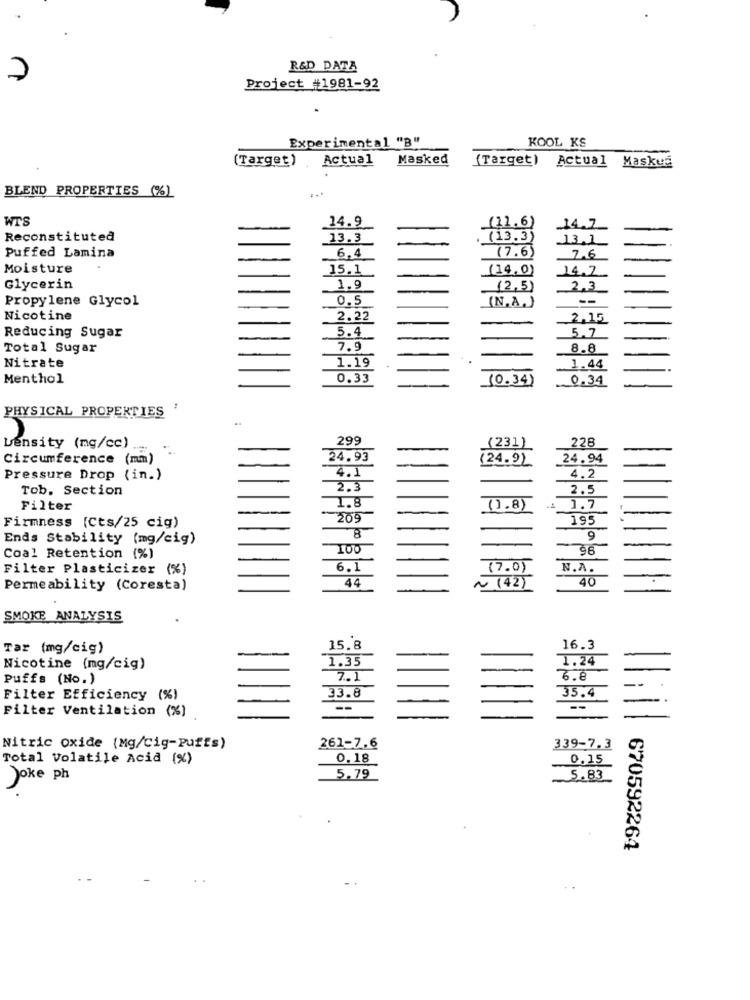
R&D DATA
Project #1981-92
Experimental "B"
KOOL KS
(Target) Actual
Masked
(Target) Actual Maskea
BLEND PROPERTIES (%)
WTS
14.9
-
(11.6)
14.7
Reconstituted
13.3
(13.3)
13.1
6.4
(7.6)
Puffed Lamina
7.6
Moisture
15.1
(14.0)
J4.7
Glycerin
1.9
(2,5)
2.3
Propylene Glycol
0.5
--
(N.A.)
Nicotine
2.22
2.15
5.4
5.7
Reducing Sugar
-
-
Total Sugar
7.9
8.8
1.19
Nitrate
1.44
Menthol
0.33
(0.34)
0.34
PHYSICAL PROPERTIES
299
228
Density (mg/cc)
-
-
(231)
Circumference (mm)
24.93
-
(24.9)
24.94
4.1
4.2
Pressure Drop (in.)
-
Tob. Section
2.3
2.5
1.8
Filter
-
-
(1.8)
.4
1.7
209
195
Firmness (Cts/25 cig)
Ends Stability (mg/cig)
-
9
96
Coal Retention (%)
Filter Plasticizer (%)
6.1
(7.0)
N.A.
44
40
Permeability (Coresta)
~ (42)
SMOKE ANALYSIS
Tar (mg/cig)
15.8
16.3
1.35
1.24
Nicotine (mg/cig)
-
Puffs (No.)
7.1
6.8
Filter Efficiency (%)
33.8
35.4
Filter Ventilation (%)
--
Nitric oxide (Mg/cig-puffs)
261-7.6
339-7.3
Total Volatile Acid (%)
0.18
0.15
Joke ph
5.79
5.83
670592264